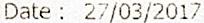
DATE : 27/03/2017